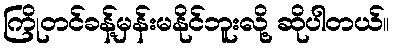
ကြိုတင်ခန့်မှန်းမနိုင်ဘူးလို့ ဆိုပါတယ်။